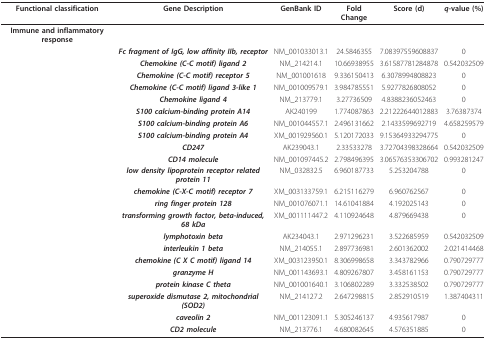
<table><thead><tr><td><b>Functional classification</b></td><td><b>Gene Description</b></td><td><b>GenBank ID</b></td><td><b>Fold Change</b></td><td><b>Score (d)</b></td><td><b><i>q</i>-value (%)</b></td></tr></thead><tbody><tr><td><b>Immune and inflammatory response</b></td><td></td><td></td><td></td><td></td><td></td></tr><tr><td></td><td><b><i>Fc fragment of IgG, low affinity IIb, receptor</i></b></td><td>NM_001033013.1</td><td>24.5846355</td><td>7.08397559608837</td><td>0</td></tr><tr><td></td><td><b><i>Chemokine (C-C motif) ligand 2</i></b></td><td>NM_214214.1</td><td>10.66938955</td><td>3.61587781284878</td><td>0.542032509</td></tr><tr><td></td><td><b><i>Chemokine (C-C motif) receptor 5</i></b></td><td>NM_001001618</td><td>9.336150413</td><td>6.3078994808823</td><td>0</td></tr><tr><td></td><td><b><i>Chemokine (C-C motif) ligand 3-like 1</i></b></td><td>NM_001009579.1</td><td>3.984785551</td><td>5.9277826808052</td><td>0</td></tr><tr><td></td><td><b><i>Chemokine ligand 4</i></b></td><td>NM_213779.1</td><td>3.27736509</td><td>4.8388236052463</td><td>0</td></tr><tr><td></td><td><b><i>S100 calcium-binding protein A14</i></b></td><td>AK240199</td><td>1.774087863</td><td>2.21222644012883</td><td>3.76387374</td></tr><tr><td></td><td><b><i>S100 calcium-binding protein A6</i></b></td><td>NM_001044557.1</td><td>2.496131662</td><td>2.1433599692719</td><td>4.658259579</td></tr><tr><td></td><td><b><i>S100 calcium-binding protein A4</i></b></td><td>XM_001929560.1</td><td>5.120172033</td><td>9.15364933294775</td><td>0</td></tr><tr><td></td><td><b><i>CD247</i></b></td><td>AK239043.1</td><td>2.33533278</td><td>3.72704398328664</td><td>0.542032509</td></tr><tr><td></td><td><b><i>CD14 molecule</i></b></td><td>NM_001097445.2</td><td>2.798496395</td><td>3.06576353306702</td><td>0.993281247</td></tr><tr><td></td><td><b><i>low density lipoprotein receptor related protein 11</i></b></td><td>NM_032832.5</td><td>6.960187733</td><td>5.253204788</td><td>0</td></tr><tr><td></td><td><b><i>chemokine (C-X-C motif) receptor 7</i></b></td><td>XM_003133759.1</td><td>6.215116279</td><td>6.960762567</td><td>0</td></tr><tr><td></td><td><b><i>ring finger protein 128</i></b></td><td>NM_001076071.1</td><td>14.61041884</td><td>4.192025143</td><td>0</td></tr><tr><td></td><td><b><i>transforming growth factor, beta-induced, 68 kDa</i></b></td><td>XM_001111447.2</td><td>4.110924648</td><td>4.879669438</td><td>0</td></tr><tr><td></td><td><b><i>lymphotoxin beta</i></b></td><td>AK234043.1</td><td>2.971296231</td><td>3.522685959</td><td>0.542032509</td></tr><tr><td></td><td><b><i>interleukin 1 beta</i></b></td><td>NM_214055.1</td><td>2.897736981</td><td>2.601362002</td><td>2.021414468</td></tr><tr><td></td><td><b><i>chemokine (C X C motif) ligand 14</i></b></td><td>XM_003123950.1</td><td>8.306998658</td><td>3.343782966</td><td>0.790729777</td></tr><tr><td></td><td><b><i>granzyme H</i></b></td><td>NM_001143693.1</td><td>4.809267807</td><td>3.458161153</td><td>0.790729777</td></tr><tr><td></td><td><b><i>protein kinase C theta</i></b></td><td>NM_001001640.1</td><td>3.106802289</td><td>3.332538502</td><td>0.790729777</td></tr><tr><td></td><td><b><i>superoxide dismutase 2, mitochondrial (SOD2)</i></b></td><td>NM_214127.2</td><td>2.647298815</td><td>2.852910519</td><td>1.387404311</td></tr><tr><td></td><td><b><i>caveolin 2</i></b></td><td>NM_001123091.1</td><td>5.305246137</td><td>4.935617987</td><td>0</td></tr><tr><td></td><td><b><i>CD2 molecule</i></b></td><td>NM_213776.1</td><td>4.680082645</td><td>4.576351885</td><td>0</td></tr></tbody></table>